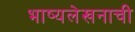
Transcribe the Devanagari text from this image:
भाष्यलेखनाची